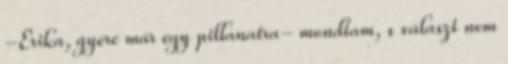
-Erika, gyere már egy pillanatra- mondtam, s választ nem